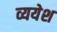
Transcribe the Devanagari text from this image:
व्ययेश